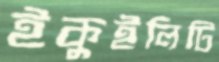
ইকুইলিটি